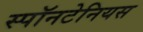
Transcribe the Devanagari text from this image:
स्पॉनटेनियस